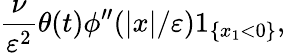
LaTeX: \frac{\nu}{\varepsilon^{2}}\theta(t)\phi^{\prime\prime}(|x|/\varepsilon)1_{\{ x_{1}<0\} },